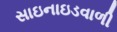
સાઇનાઇડવાળી